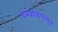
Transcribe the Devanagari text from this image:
धर्मशाळेपासून